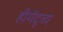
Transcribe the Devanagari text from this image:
हीमेंदूच्य